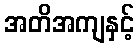
အတိအကျနှင့်